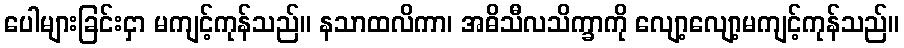
ပေါများခြင်းငှာ မကျင့်ကုန်သည်။ နသာထလိကာ၊ အဓိသီလသိက္ခာကို လျော့လျော့မကျင့်ကုန်သည်။